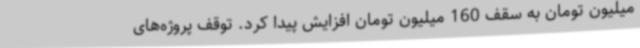
میلیون تومان به سقف 160 میلیون تومان افزایش پیدا کرد. توقف پروژه‌های